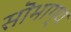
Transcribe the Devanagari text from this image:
सॊभाग्य